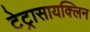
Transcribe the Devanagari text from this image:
टेट्रासायक्लिन